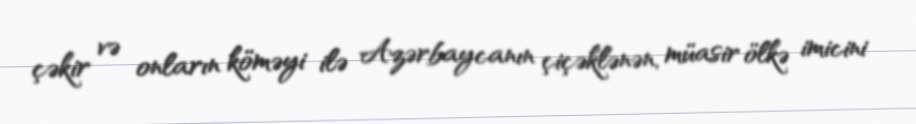
çəkir və onların köməyi ilə Azərbaycanın çiçəklənən, müasir ölkə imicini